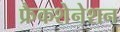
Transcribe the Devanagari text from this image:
फ्रैकशेनेशन